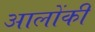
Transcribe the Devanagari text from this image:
आलोंकी